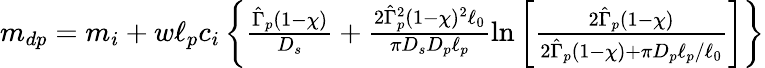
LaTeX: \begin{array}{r}{m_{dp}=m_{i}+w\ell_{p}c_{i}\left\{ \frac{\hat{\Gamma}_{p}(1-\chi)}{D_{s}}+\frac{2\hat{\Gamma}_{p}^{2}(1-\chi)^{2}\ell_{0}}{\pi D_{s}D_{p}\ell_{p}}\ln\left[\frac{2\hat{\Gamma}_{p}(1-\chi)}{2\hat{\Gamma}_{p}(1-\chi)+\pi D_{p}\ell_{p}/\ell_{0}}\right]\right\} }\end{array}